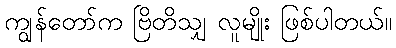
ကျွန်တော်က ဗြိတိသျှ လူမျိုး ဖြစ်ပါတယ်။